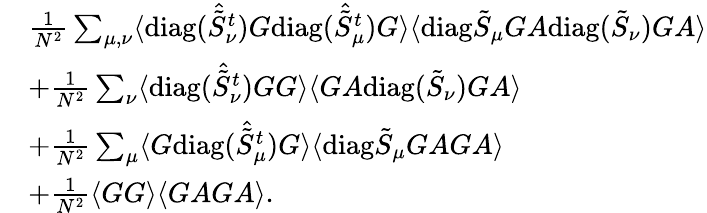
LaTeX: \begin{array}{rl}&{\frac{1}{N^{2}}\sum_{\mu,\nu}\langle\mathrm{diag}(\hat{\tilde{S}}_{\nu}^{t})G\mathrm{diag}(\hat{\tilde{S}}_{\mu}^{t})G\rangle\langle\mathrm{diag}\tilde{S}_{\mu}GA\mathrm{diag}(\tilde{S}_{\nu})GA\rangle}\\ &{+\frac{1}{N^{2}}\sum_{\nu}\langle\mathrm{diag}(\hat{\tilde{S}}_{\nu}^{t})GG\rangle\langle GA\mathrm{diag}(\tilde{S}_{\nu})GA\rangle}\\ &{+\frac{1}{N^{2}}\sum_{\mu}\langle G\mathrm{diag}(\hat{\tilde{S}}_{\mu}^{t})G\rangle\langle\mathrm{diag}\tilde{S}_{\mu}GAGA\rangle}\\ &{+\frac{1}{N^{2}}\langle GG\rangle\langle GAGA\rangle.}\end{array}